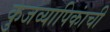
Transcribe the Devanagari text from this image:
कुजव्यापिकांची